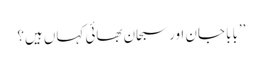
’’بابا جان اور سبحان بھائی کہاں ہیں؟